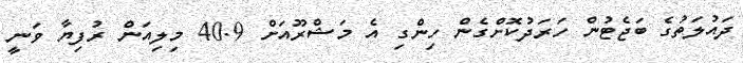
ދައުލަތުގެ ބަޖެޓުން ހަރަދުކޮށްގެން ހިންގި އެ މަޝްރޫއަށް 40.9 މިލިއަން ރުފިޔާ ވަނީ